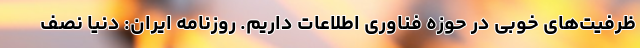
ظرفیت‌های خوبی در حوزه فناوری اطلاعات داریم. روزنامه ایران: دنیا نصف